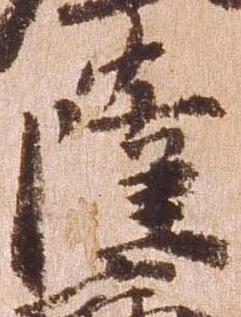
薩